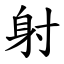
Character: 射